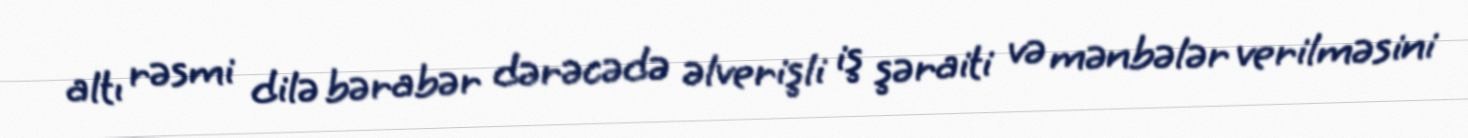
altı rəsmi dilə bərabər dərəcədə əlverişli iş şəraiti və mənbələr verilməsini